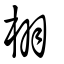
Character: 栩